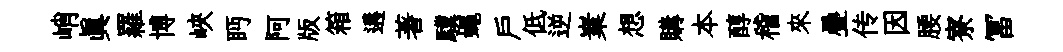
峭眞羅博峽眄阿版箱遘著驥蠅户低逆嶪想購本醇稽來疊传因腰寮冨